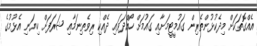
އެއްގޮތަކަށް މިދެކުޅުންތެރިން ގައުމީޓީމަށާއި ގައުމަށް ހޯއްދަވައި ދެއްކި ރިވެތިނަމާއި ޝަރަފަށް ހިޔަނި އެޅުމުގެ